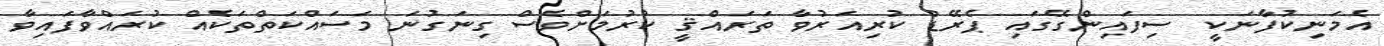
އެމަނިކުފާނަކީ  ސިފައިންގޭގައި ޕެރޭޑް ކުރިއަރުވާ ތަރައްޤީ ކުރުމަށްވެސް ގިނަގުނަ މަސައްކަތްތަކެއް ކުރައްވާފައިވާ